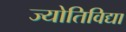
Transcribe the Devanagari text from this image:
ज्योतिविद्या